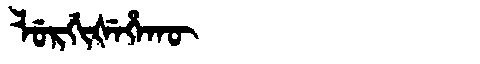
Manchu: ᠯᡠᡵᡤᡳᡧᡝᡥᠠᡴᡡ
Romanization: LURGIŠEHAKŪ